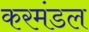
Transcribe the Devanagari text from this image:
करमंडल